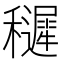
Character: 䆈